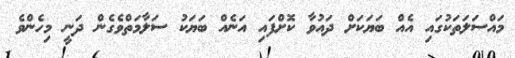
މައްސަލަތަކުގައި އެއް ބަޔަކަށް ދައުވާ ކޮށްފައި އަނެއް ބަޔަކު ސަލާމަތްވެގެން ދަނީ މިހެންވެ